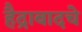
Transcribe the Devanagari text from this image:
हैद्राबादचे